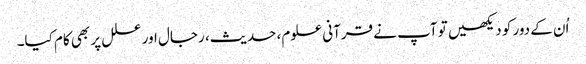
اُن کے دور کو دیکھیں تو آپ نے قرآنی علوم، حدیث، رجال اور علل پر بھی کام کیا۔